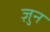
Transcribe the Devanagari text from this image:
ज़ुन